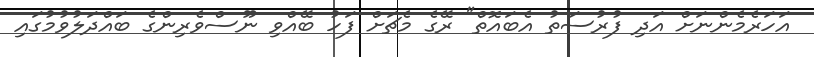
އަހަރެމެންނަށް އަދި ފުރުސަތު އެބައޮތް" ރޭގެ މެޗަށް ފަހު ބޭއްވި ނޫސްވެރިންގެ ބައްދަލުވުމުގައި